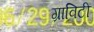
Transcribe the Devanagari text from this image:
ग्राविटी